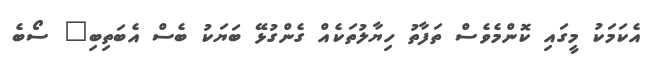
އެކަމަކު މީގައި ކޮންމެވެސް ތަފާތު ހިޔާލުތަކެއް ގެންގުޅޭ ބަޔަކު ބެސް އެބަތިބި" ސޯބެ